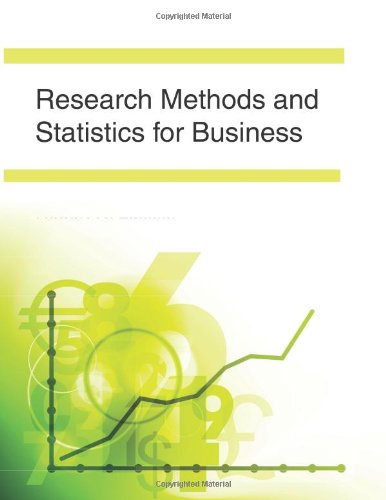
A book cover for Research Methods and Statistics for Business; Robert N. Lussier; Business & Money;